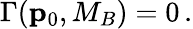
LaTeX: \Gamma({\mathbf p}_{0},M_{B})=0\, .